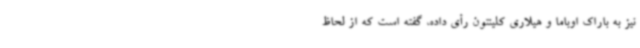
نیز به باراک اوباما و هیلاری کلینتون رأی داده، گفته است که از لحاظ